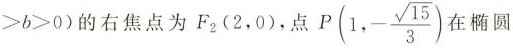
>b>0)$$的右焦点为F_{2}(2，0)，点P(1，- \frac{\sqrt{15}}{3})在椭圆